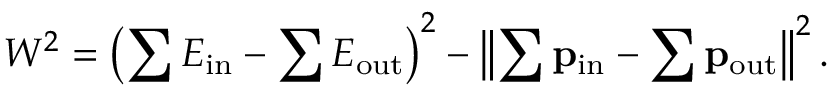
W ^ { 2 } = \left( \sum E _ { \mathrm { i n } } - \sum E _ { \mathrm { o u t } } \right) ^ { 2 } - \left\| \sum \mathbf { p } _ { \mathrm { i n } } - \sum \mathbf { p } _ { \mathrm { o u t } } \right\| ^ { 2 } .